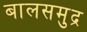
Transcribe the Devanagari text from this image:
बालसमुद्र